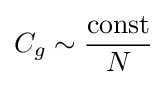
C_{g}\sim {\frac {\mathrm {const} }{N}}